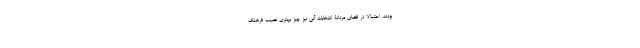
بودند. احتمالا در فضای مردانۀ انتخابات آتی نیز چیز بهتری نصیب فرهنگ